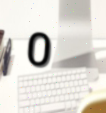
0